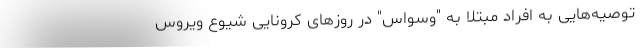
توصیه‌هایی به افراد مبتلا به "وسواس" در روزهای کرونایی شیوع ویروس